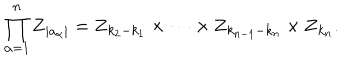
LaTeX: \prod _ { \alpha = 1 } ^ { n } { \mathbf Z } _ { | a _ { \alpha } | } = { \mathbf Z } _ { k _ { 2 } - k _ { 1 } } \times \cdots \times { \mathbf Z } _ { k _ { n - 1 } - k _ { n } } \times { \mathbf Z } _ { k _ { n } } .